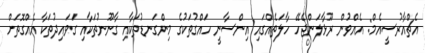
އެޗްއާރުސީއެމް: އެއްވުން ރޫޅާލަންޖެހޭ ހާލަތެއްގައި އިންސާނީ ހައްގުތަކުގެ މިންގަނޑުތަކާއި ގާނޫނުތަކާއި ގަވައިދުތަކާ އެއްގޮތަށް